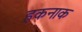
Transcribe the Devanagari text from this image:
हकनाक